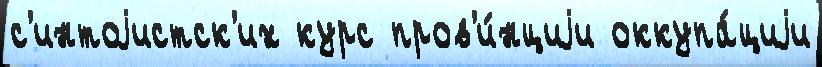
с'интоjистск'их курс пров'и́нциjи оккупа́циjи